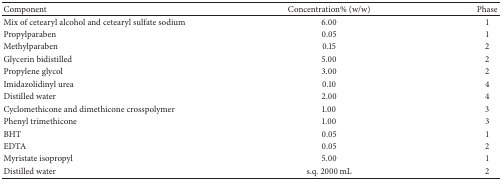
<table><thead><tr><td><b>Component</b></td><td><b>Concentration% (w/w)</b></td><td><b>Phase</b></td></tr></thead><tbody><tr><td>Mix of cetearyl alcohol and cetearyl sulfate sodium</td><td>6.00</td><td>1</td></tr><tr><td>Propylparaben</td><td>0.05</td><td>1</td></tr><tr><td>Methylparaben</td><td>0.15</td><td>2</td></tr><tr><td>Glycerin bidistilled</td><td>5.00</td><td>2</td></tr><tr><td>Propylene glycol</td><td>3.00</td><td>2</td></tr><tr><td>Imidazolidinyl urea</td><td>0.10</td><td>4</td></tr><tr><td>Distilled water</td><td>2.00</td><td>4</td></tr><tr><td>Cyclomethicone and dimethicone crosspolymer</td><td>1.00</td><td>3</td></tr><tr><td>Phenyl trimethicone</td><td>1.00</td><td>3</td></tr><tr><td>BHT</td><td>0.05</td><td>1</td></tr><tr><td>EDTA</td><td>0.05</td><td>2</td></tr><tr><td>Myristate isopropyl</td><td>5.00</td><td>1</td></tr><tr><td>Distilled water</td><td>s.q. 2000 mL</td><td>2</td></tr></tbody></table>